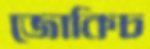
জোকিচ